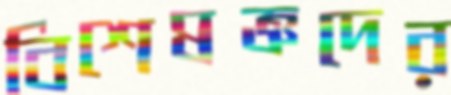
বিশেষজ্ঞদের